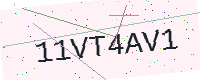
Text: 11VT4AV1